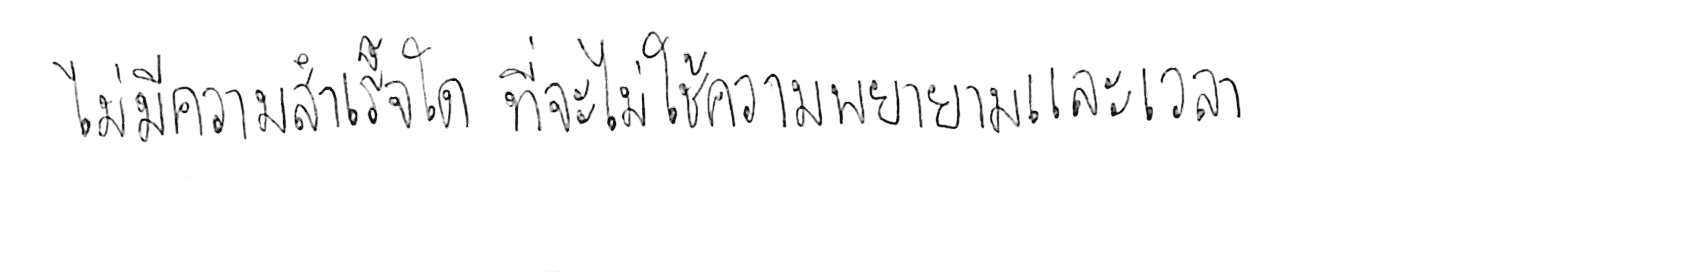
ไม่มีความสำเร็จใด ที่จะไม่ใช้ความพยายามและเวลา